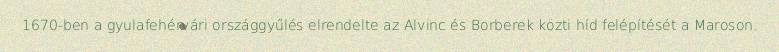
1670-ben a gyulafehérvári országgyűlés elrendelte az Alvinc és Borberek közti híd felépítését a Maroson.